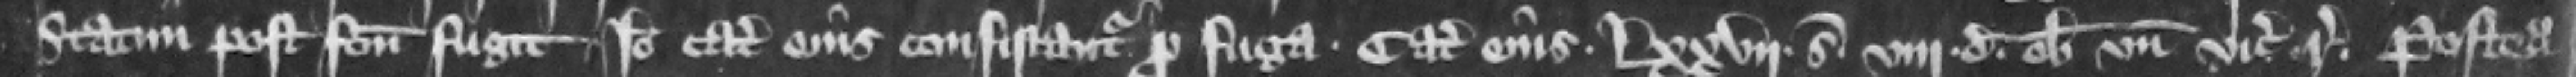
statim post factum fugit Ideo catalla eius confiscantur pro fuga. Catalla eius .lxxvij. s. viij. d. ob unus vicecomes respondeat. Postea